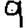
Digit: 9